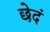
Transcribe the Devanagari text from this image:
छेदं